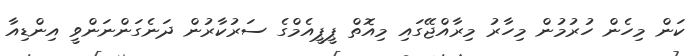
ކަން މިހެން ހުރުމުން މިހާރު މިރާއްޖޭގައި މިއޮތް ޕީޕީއެމްގެ ސަރުކާރުން ދަނެގަންނަންވީ އިންޑިއާ